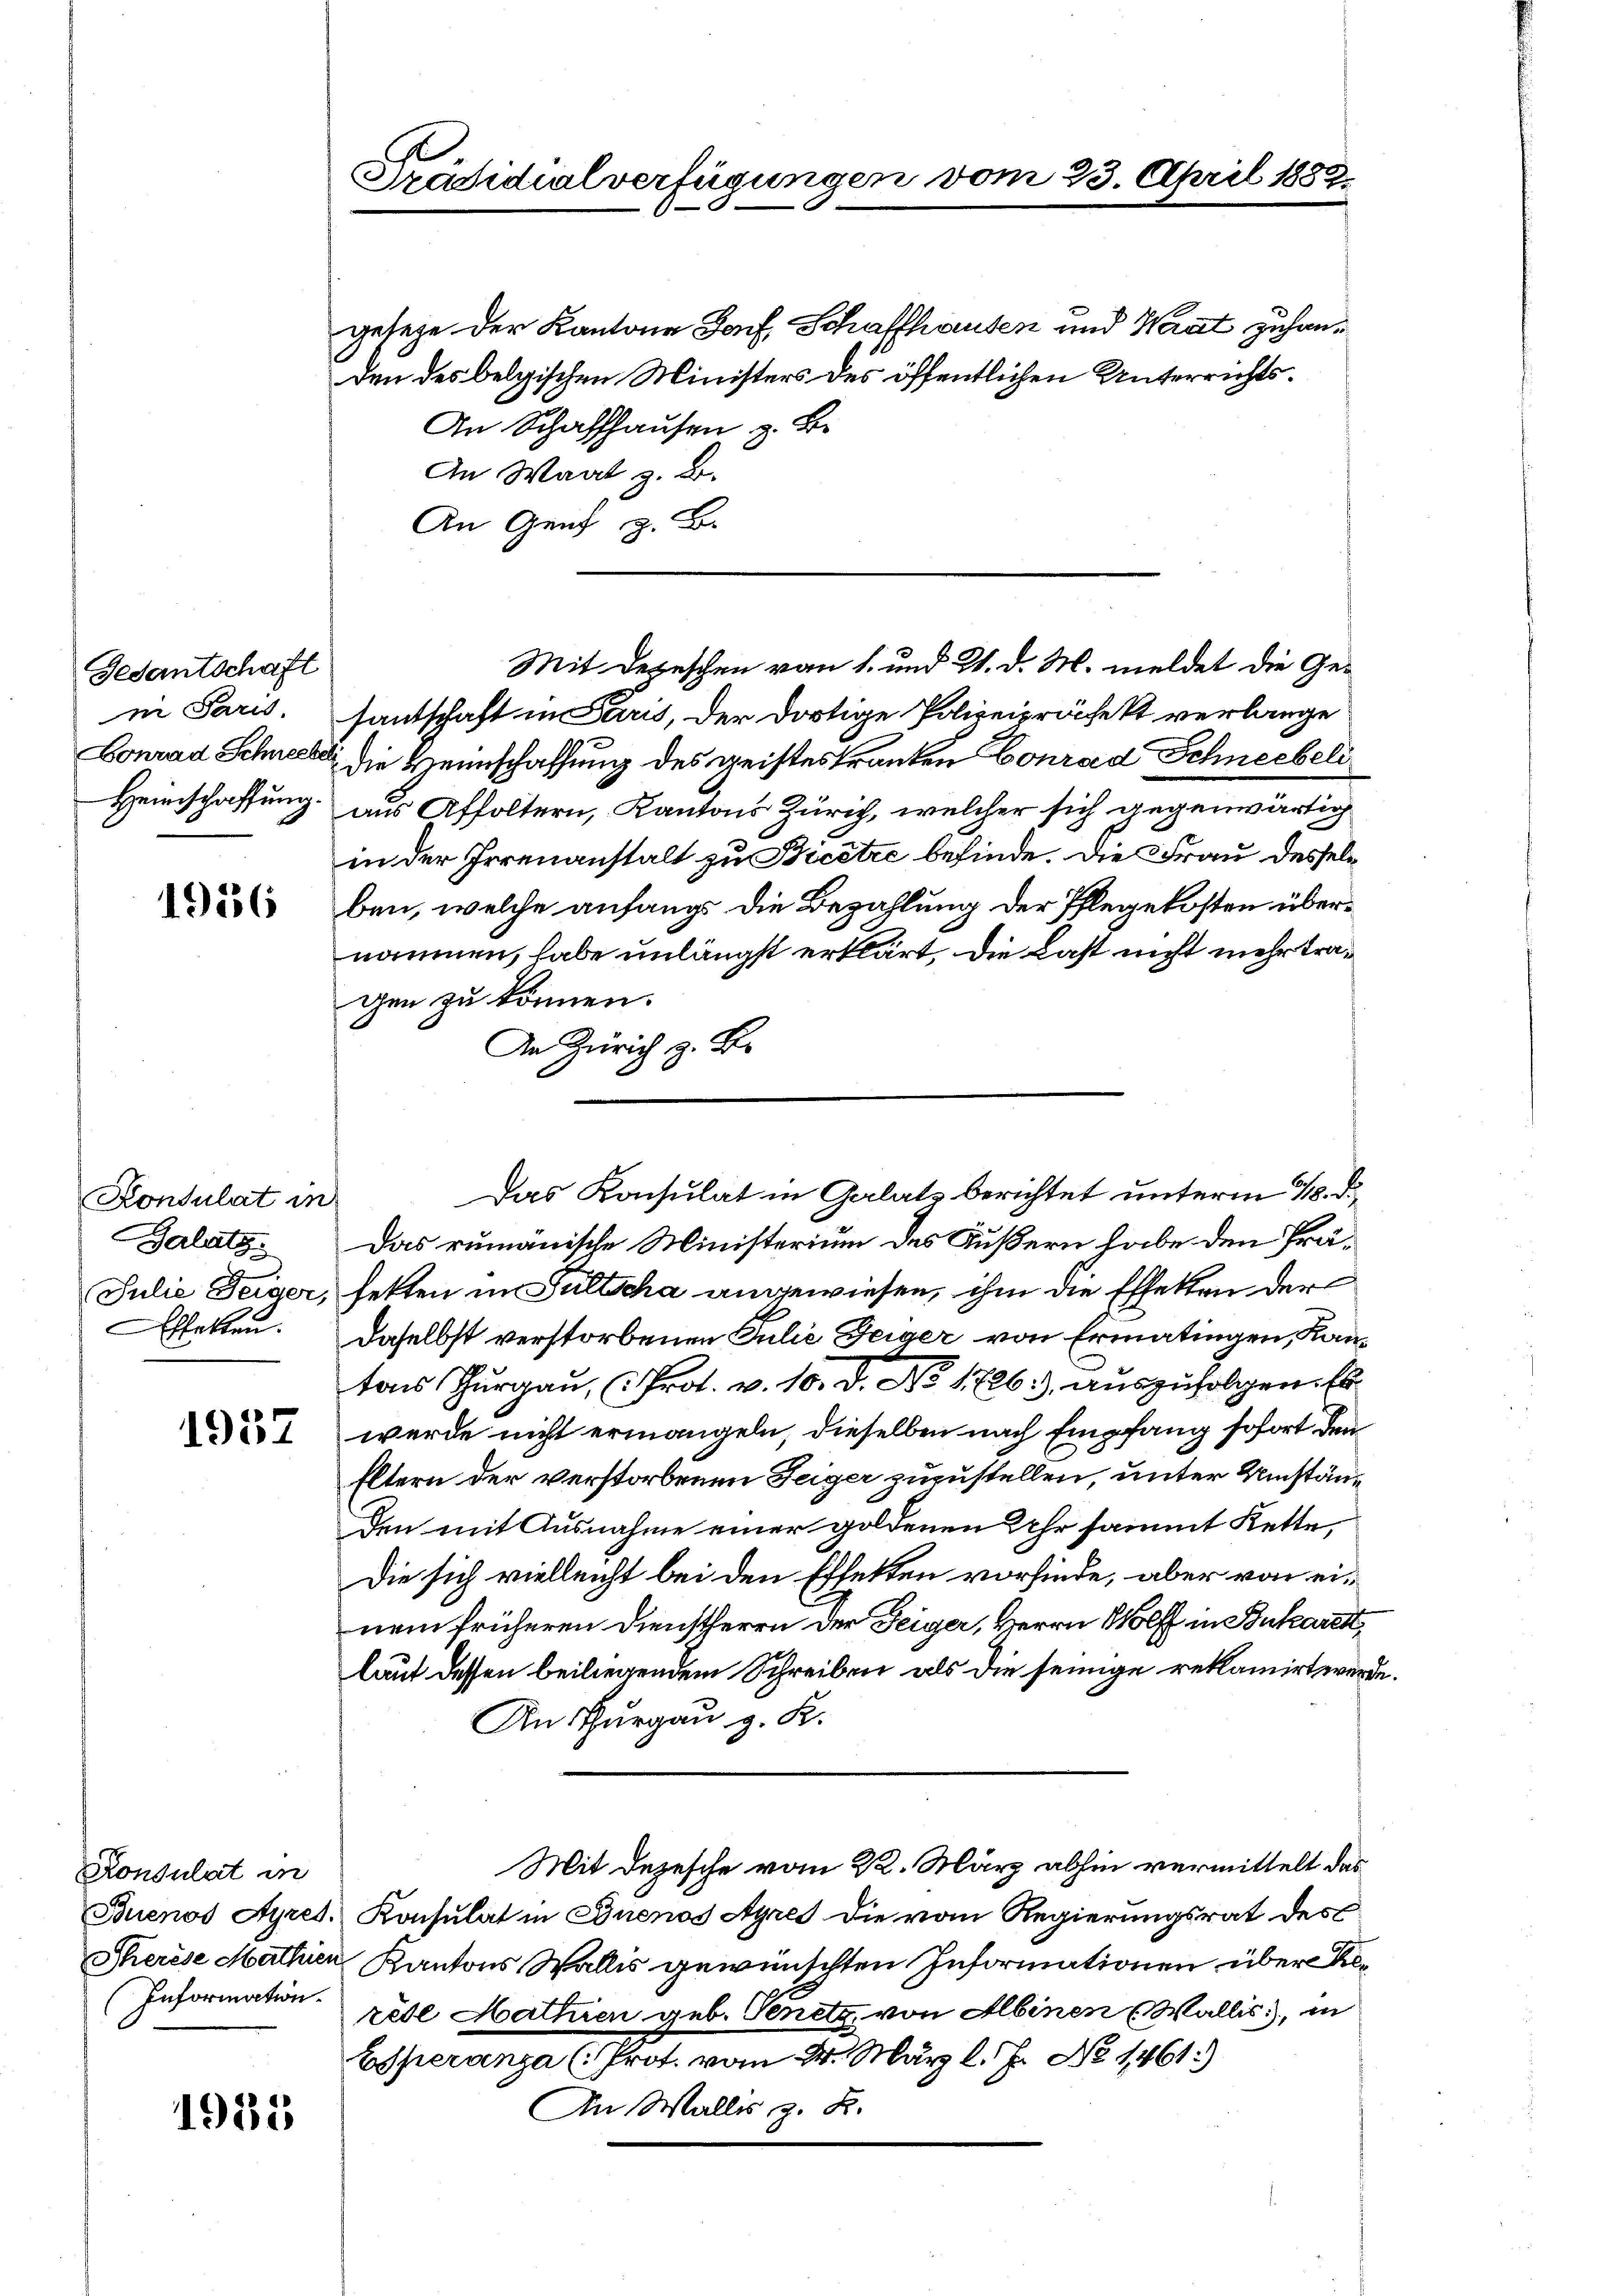
Gedantschaft
n Paris.
Heimschaffung.

1956

Konsulat in
Galatz:
i
Effekten.

1957

Konsulat in
Information.

1935

Präsidialverfügungen vom 23. April 1882.

gesehe der Kantone Jof Schaffhausen und Waat zu handen des belgischen Ministers des öffentlichen Unterrichts¬
An Schaffhausen z. B.
An Waat z. B.
An Genf z. B.
santschaft in Paris, der dortige Polizeipräfekt verlange
Lonrad Schneebei die Heimschaffung des geistes Franken Conrad Schneebeli
aus Affoltern, Kantons Zürich, welcher sich gegenwärtig
in der Irrenanstalt zu Bicetze befinde. Die Frau desselb
ben, welche anfangs die Bezahlung der Pflegekosten übernommen, habe unlängst erklärt, die Last nicht mehr tragen zu können.
An Zürich z. B.
Das Konsulat in Galatz berichtet unterm 18. d.
Das rumänische Ministerium des Äußern habe den Prä¬
Julie Feiger, fetten im Sultscha angewiesen, ihm die Effekten der
daselbst verstorbenen Julie Geiger von Ermatingen, Kantons Thurgau, (Prot. v. 10. d. No. 1726), auszufolgen. Es
werde nicht ermangeln, dieselben nach Empfang sofort den
Eltern der verstorbenen Teiger zuzustellen, unter Umständen mit Ausnahme einer goldenen Uhr sammt Kette,
Die sich vielleicht bei den Effekten vorfinde, aber von einem früheren Dienstherrn der Feiger, Herrn Wolff in Bukarett
lauf dessen beiliegendem Schreiben als die seinige reklamirt werde
An Thurgau g. K.
Mit Dezesche vom 22. März abhin vermittelt das
Buenos Ayres. Konsulat in Buenos Ayres die vom Regierungsrat des
Therese Mathien Kantons Wallis gewünschten Informationen über Alrède Hathen geb. Genetz, von Albinen (Wallis, in
Esperanza (Prot. vom 24. März l. J. No 1461)
An Wallis z. B.

Mit Depeschen vom 1. und 21. d. M. meldet die Ge¬